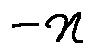
- x